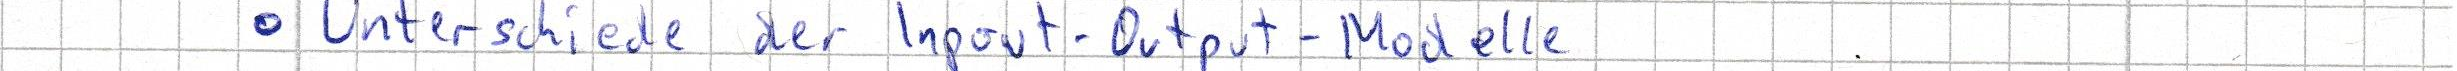
- Unterschiede der Input-Output-Modelle